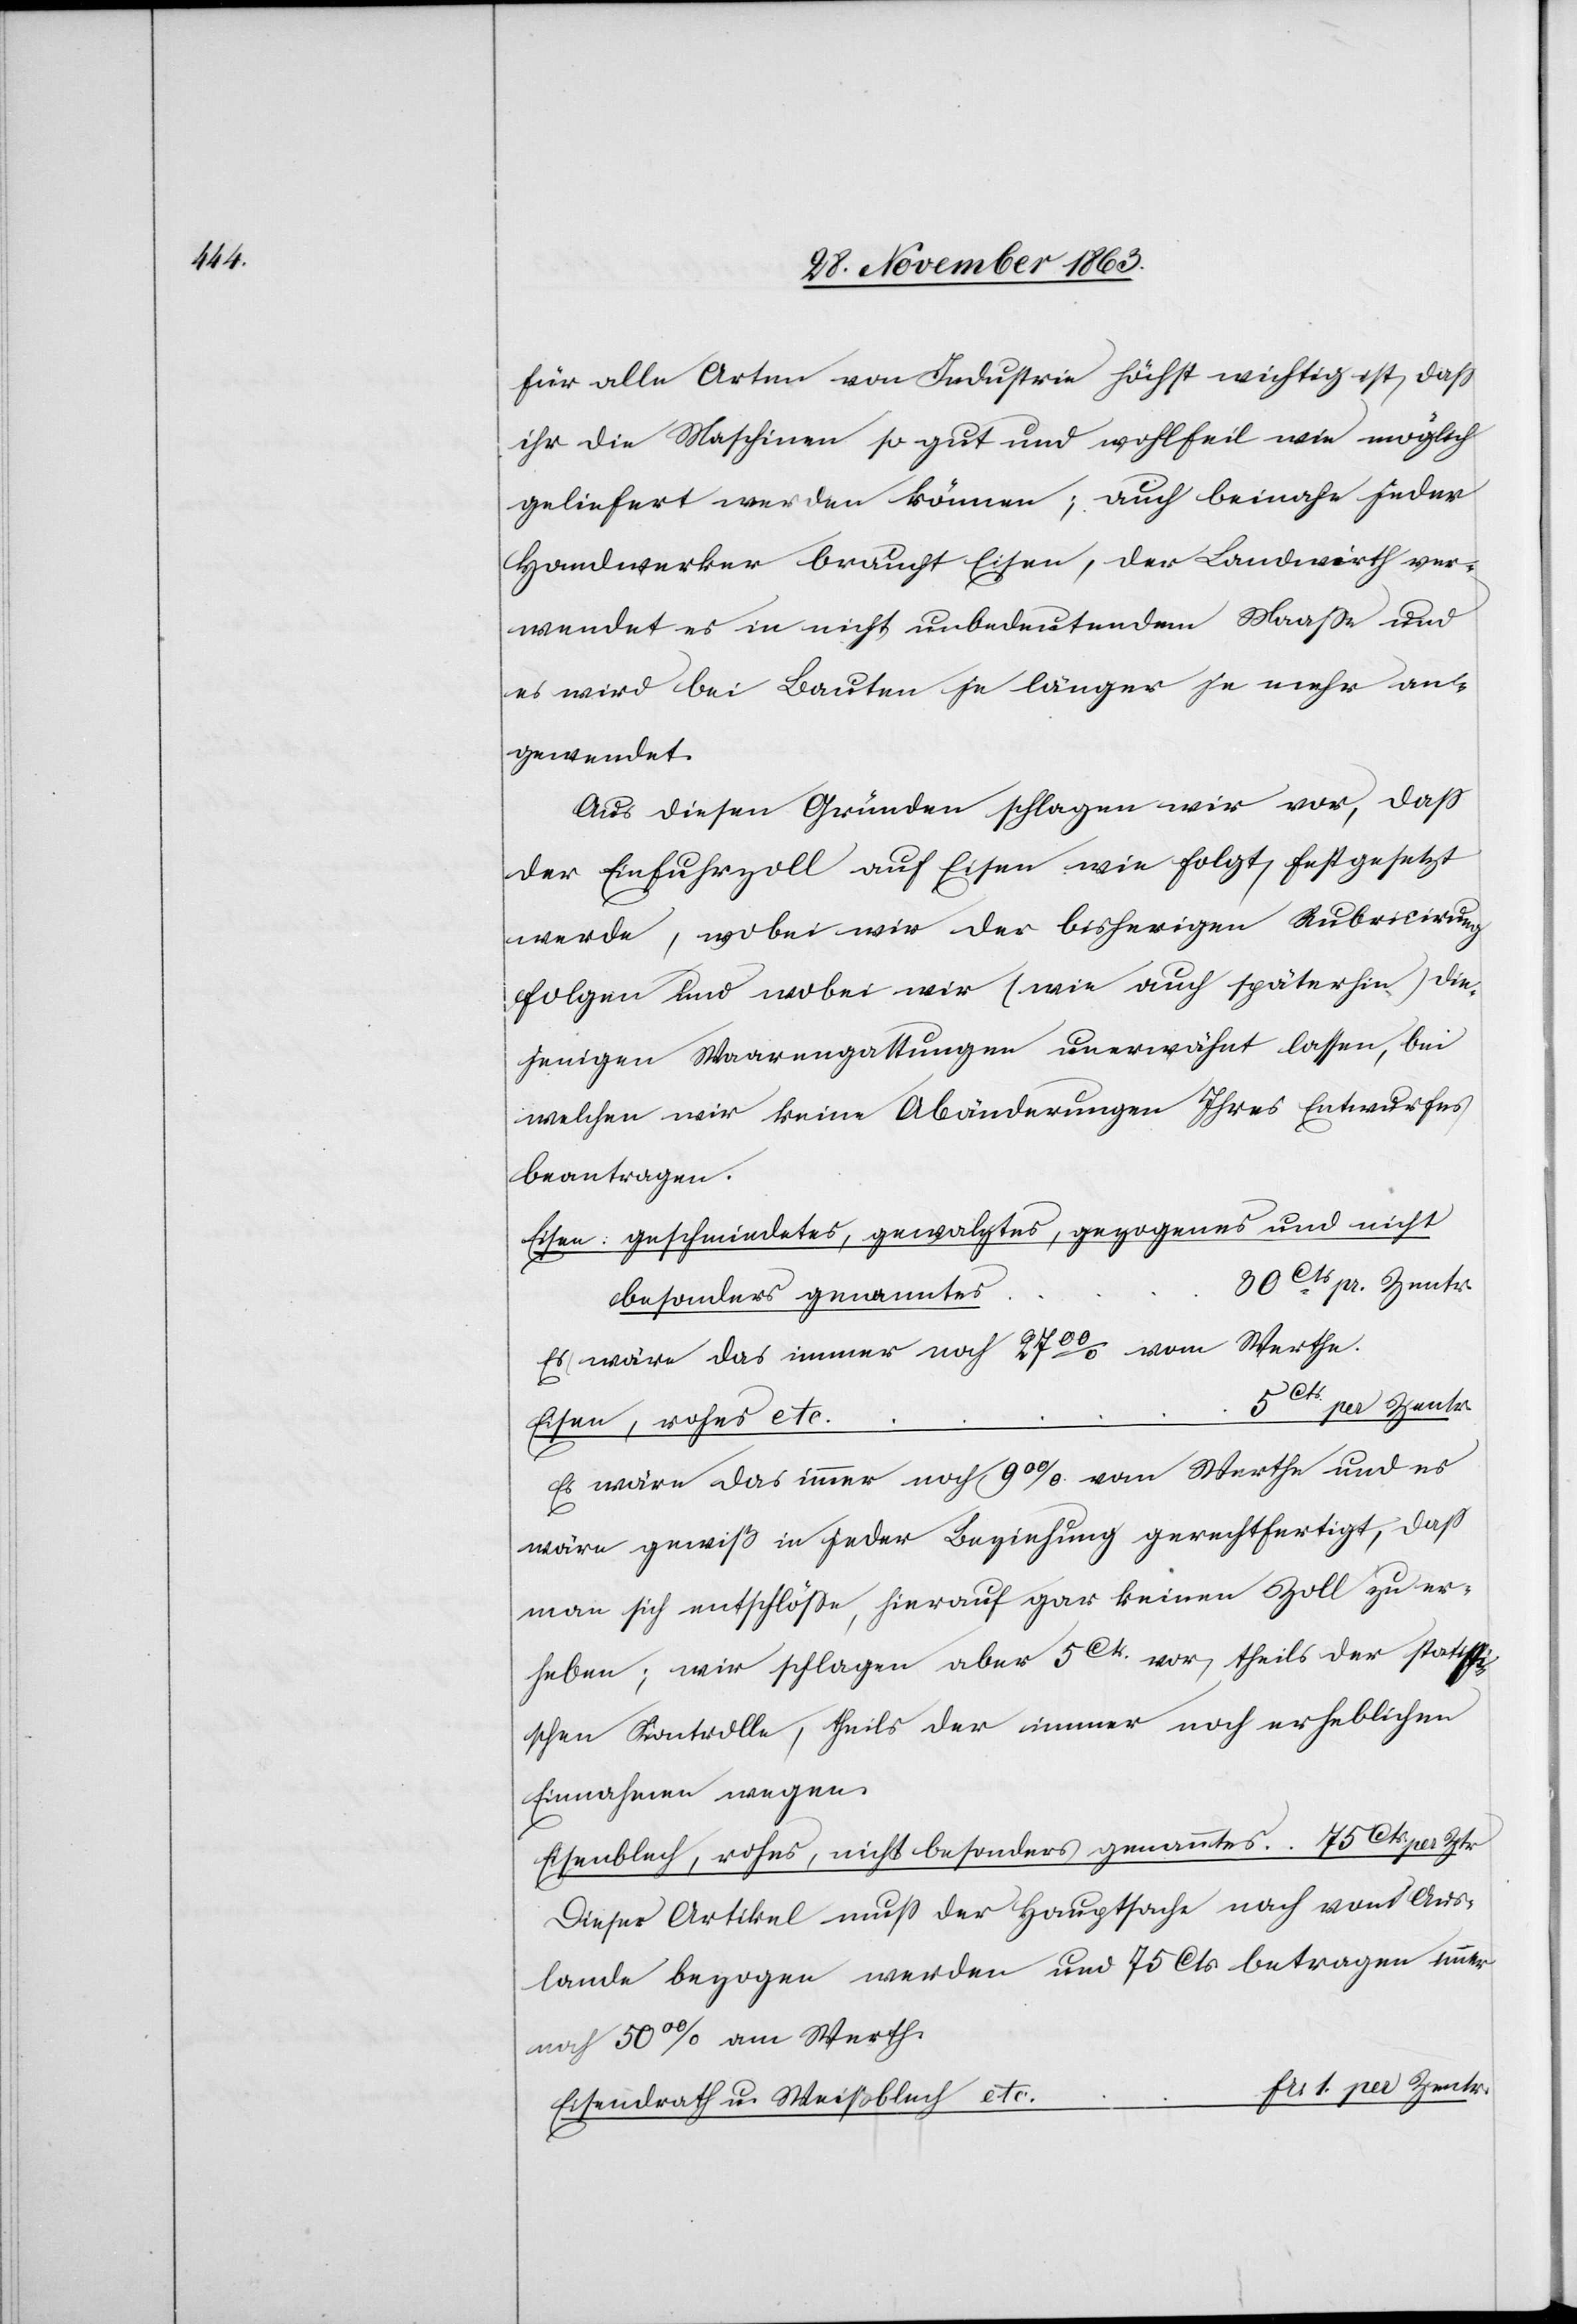
für alle Arten von Industrie höchst wichtig ist, dass
ihr die Maschinen so gut und wohlfeil wie möglich
geliefert werden können; auch beinahe jeder
Handwerker braucht Eisen, der Landwirth ver¬
wendet es in nicht unbedeutendem Maasse und
es wird bei Bauten je länger je mehr an¬
gewendet.
Aus diesen Gründen schlagen wir vor, dass
der Einfuhrzoll auf Eisen wie folgt, festgesetzt
werde, wobei wir der bisherigen Rubricirung
folgen und wobei wir (wie auch späterhin) die¬
jenigen Waarengattungen unerwähnt lassen, bei
welchen wir keine Abänderungen Ihres Entwurfes
beantragen.
Eisen: geschmiedetes, gewalztes, gezogenes und nicht
s	30Cts pr. Zentr.
besonders genannte¬
Es wäre das immer noch 27 00/0 vom Werthe.
c.	frs 1. per Zentr.
Eisen, rohes et¬
Es wäre das immer noch 9 00/0 vom Werthe und es
wäre gewiß in jeder Beziehung gerechtfertigt, dass
man sich entschlösse, hierauf gar keinen Zoll zu er¬
heben; wir schlagen aber 5Cts.vor, theils der statisti¬
schen Kontrolle, theils der immer noch erheblichen
Einnahmen wegen.
Eisenblech, rohes, nicht besonders genanntes	75Cts.per Ztr
Dieser Artikel muss der Hauptsache nach vom Aus¬
lande bezogen werden und 75 Cts betragen immer
noch 50 00/0 am Werth.
Eisenrath u. Weißblech et¬